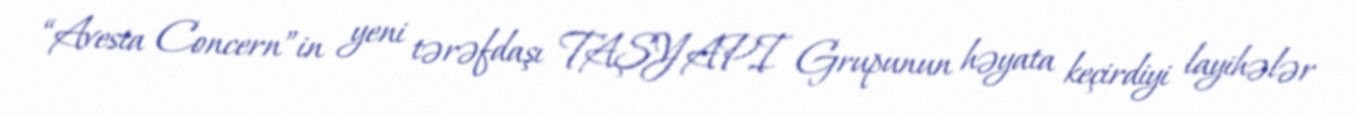
“Avesta Concern”in yeni tərəfdaşı TAŞYAPI Grupunun həyata keçirdiyi layihələr